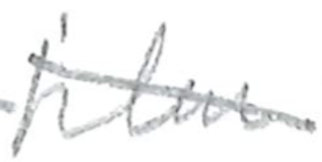
Text: film
Cross-out: diagonal
Writing tool: pencil